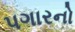
પગારનો